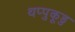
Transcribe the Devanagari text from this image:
थप्पुकूडु